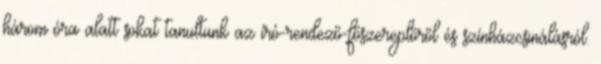
három óra alatt sokat tanultunk az író-rendező-főszereplőről és színházcsinálásról.